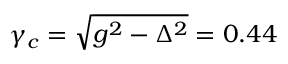
\gamma _ { c } = \sqrt { g ^ { 2 } - \Delta ^ { 2 } } = 0 . 4 4